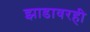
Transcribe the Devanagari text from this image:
झाडावरही